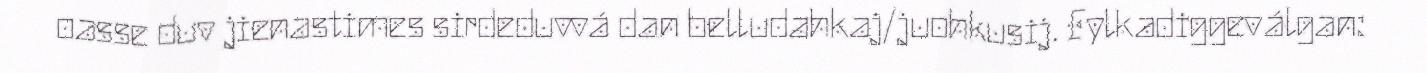
oasse duv jienastimes sirdeduvvá dan belludahkaj/juohkusij. Fylkadiggeválgan: